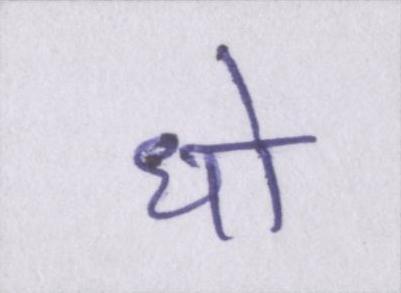
धो